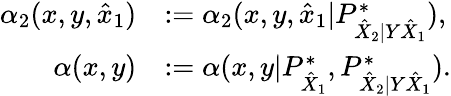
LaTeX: \begin{array}{rl}{\alpha_{2}(x,y,\hat{x}_{1})}&{:=\alpha_{2}(x,y,\hat{x}_{1}|P_{\hat{X}_{2}|Y\hat{X}_{1}}^{*}),}\\ {\alpha(x,y)}&{:=\alpha(x,y|P_{\hat{X}_{1}}^{*},P_{\hat{X}_{2}|Y\hat{X}_{1}}^{*}).}\end{array}